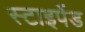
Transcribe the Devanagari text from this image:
स्टाइपेंड